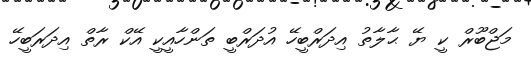
މަޖްބޫރް ކީ ޔޭ ޙާލާތު އިދަރްބީހޭ އުދަރްބީ ތަންހާއީކީ އޭކް ރާތް އިދަރަބީހޭ